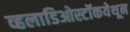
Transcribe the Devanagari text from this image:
व्हलाडिओस्टॉकयेथून